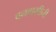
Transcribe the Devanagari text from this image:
वनवासीनी